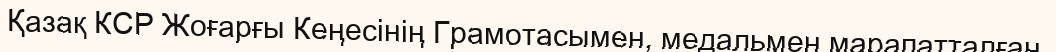
Қазақ КСР Жоғарғы Кеңесінің Грамотасымен, медальмен марапатталған.